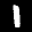
Label: 1